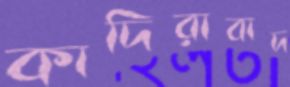
কাদিরাবাদ